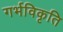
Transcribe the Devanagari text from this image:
गर्भविकृति